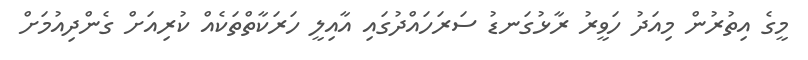
މީގެ އިތުރުން މިއަދު ހަވީރު ރާޅުގަނޑު ސަރަހައްދުގައި އާއިލީ ހަރަކާތްތަކެއް ކުރިއަށް ގެންދިއުމަށް